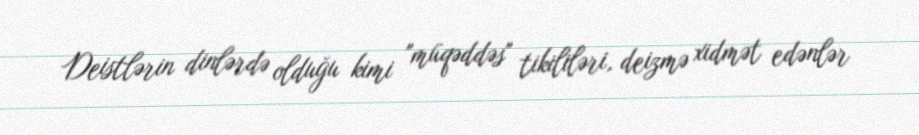
Deistlərin dinlərdə olduğu kimi "müqəddəs" tikililəri, deizmə xidmət edənlər